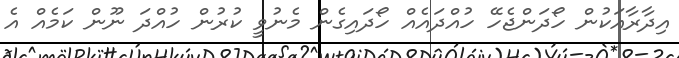
އިދާރާއަކުން ހޯދަންޖެހޭ ހުއްދައެއް ހޯދައިގެން މެނުވީ ކުރުން ހުއްދަ ނޫން ކަމެއް އެ